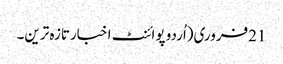
21فروری(اُردو پوائنٹ اخبارتازہ ترین۔